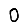
Digit: 0